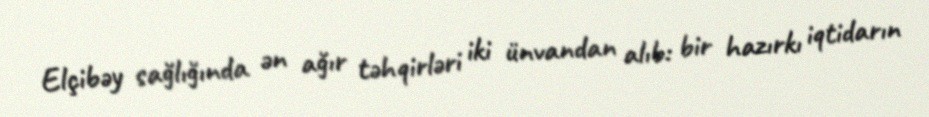
Elçibəy sağlığında ən ağır təhqirləri iki ünvandan alıb: bir hazırkı iqtidarın